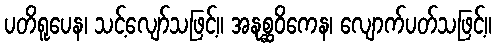
ပတိရူပေန၊ သင့်လျော်သဖြင့်။ အနုစ္ဆဝိကေန၊ လျောက်ပတ်သဖြင့်။